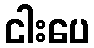
ငါးပေ